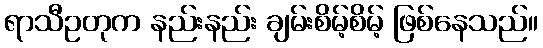
ရာသီဥတုက နည်းနည်း ချမ်းစိမ့်စိမ့် ဖြစ်နေသည်။